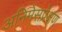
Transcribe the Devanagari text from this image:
अनिमेसप्रेक्षण